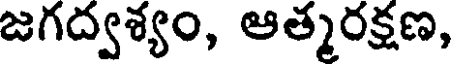
జగద్వశ్యం, ఆత్మరక్షణ,